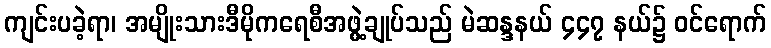
ကျင်းပခဲ့ရာ၊ အမျိုးသားဒီမိုကရေစီအဖွဲ့ချုပ်သည် မဲဆန္ဒနယ် ၄၄၇ နယ်၌ ဝင်ရောက်